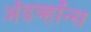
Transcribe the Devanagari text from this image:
ॲडव्हॉन्स